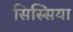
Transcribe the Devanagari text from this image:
सिस्सिया